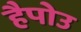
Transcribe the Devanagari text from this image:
हैपोउ